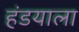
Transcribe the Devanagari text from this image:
हंडयाला